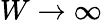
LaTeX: W\rightarrow\infty